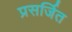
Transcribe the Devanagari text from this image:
प्रसर्जित